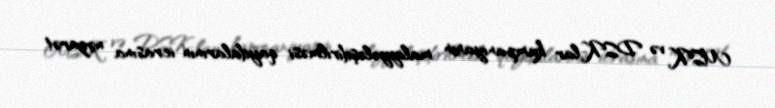
MSK və DSK-lar kampaniyanın maliyyələşdirilməsi qaydalarının icrasına nəzarət